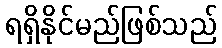
ရရှိနိုင်မည်ဖြစ်သည်